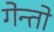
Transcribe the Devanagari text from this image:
गेन्तो